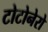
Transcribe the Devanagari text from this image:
टोटोनेरो